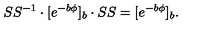
\SS ^ { - 1 } \cdot [ e ^ { - b \phi } ] _ { b } \cdot \SS = [ e ^ { - b \phi } ] _ { b } .